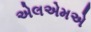
એલએમએ